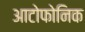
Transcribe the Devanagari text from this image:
आटोफोनिक